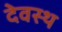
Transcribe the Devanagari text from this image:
देवस्थ